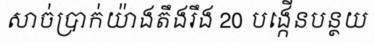
សាច់ប្រាក់យ៉ាងតឹងរឹង 20 បង្កើនបន្ថយ